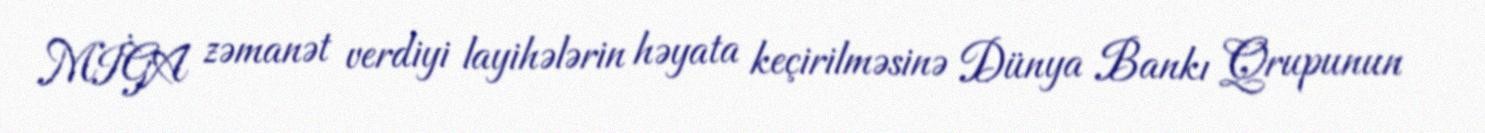
MİGA zəmanət verdiyi layihələrin həyata keçirilməsinə Dünya Bankı Qrupunun